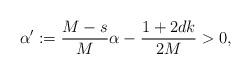
LaTeX: \begin{align*} \alpha' := \frac{M-s}{M} \alpha - \frac{1+2dk}{2M} >0,\end{align*}